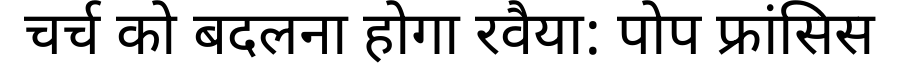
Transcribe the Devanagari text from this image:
चर्च को बदलना होगा रवैया: पोप फ्रांसिस